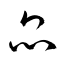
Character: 昆